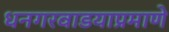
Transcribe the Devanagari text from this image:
धनगरवाडयाप्रमाणे